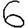
Digit: 6